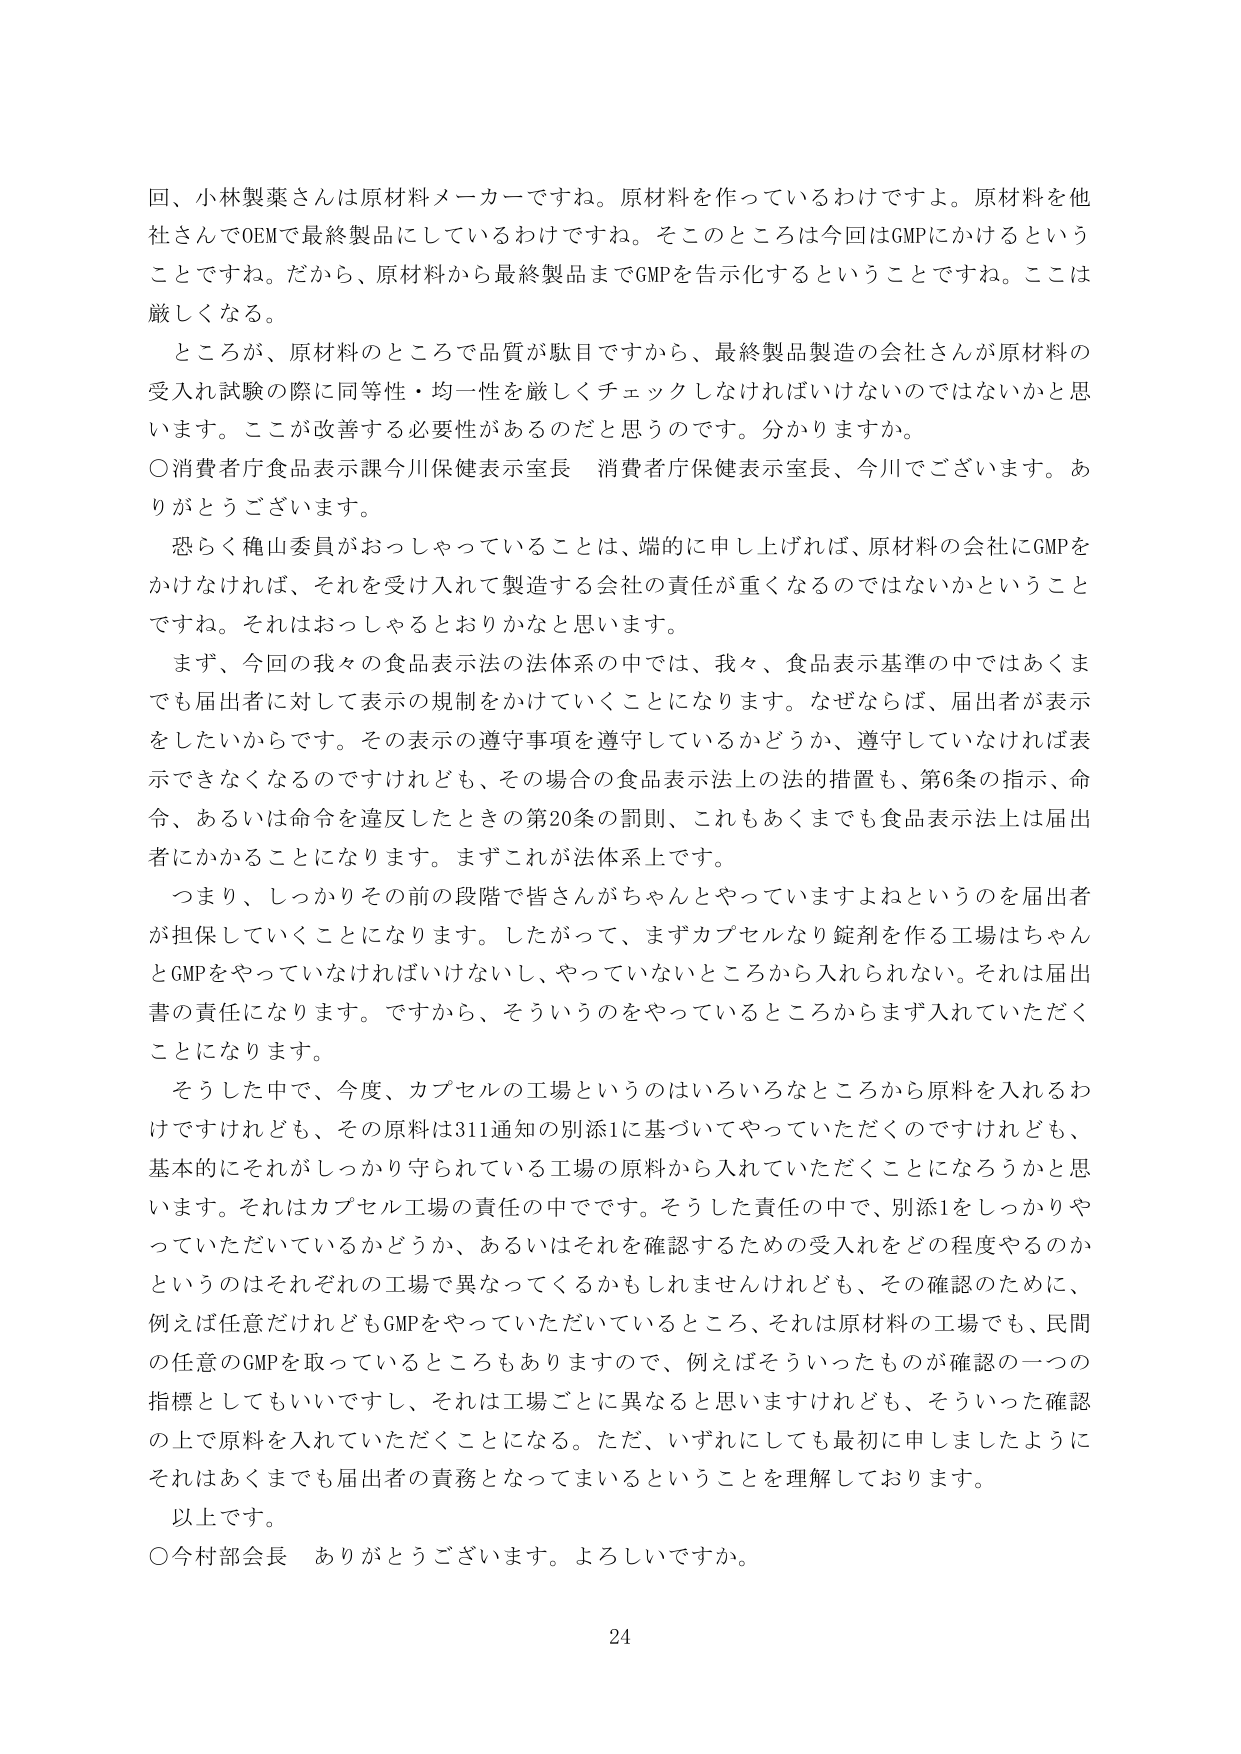
回、小林製薬さんは原材料メーカーですね。原材料を作っているわけですよ。原材料を他社さんでOEMで最終製品にしているわけですね。そこのところは今回はGMPにかけるということですね。だから、原材料から最終製品までGMPを告示化するということですね。ここは厳しくなる。

ところが、原材料のところで品質が駄目ですから、最終製品製造の会社さんが原材料の受入れ試験の際に同等性・均一性を厳しくチェックしなければいけないのではないかと思います。ここが改善する必要性があるのだと思うのです。分かりますか。

○消費者庁食品表示課今川保健表示室長 消費者庁保健表示室長、今川でございます。ありがとうございます。

恐らく穐山委員がおっしゃっていることは、端的に申し上げれば、原材料の会社にGMPをかけなければ、それを受入れて製造する会社の責任が重くなるのではないかということですね。それはおっしゃるとおりかなと思います。

まず、今回の我々の食品表示法の法体系の中では、我々、食品表示基準の中ではあくまでも届出者に対して表示の規制をかけていくことになります。なぜならば、届出者が表示をしたいからです。その表示の遵守事項を遵守しているかどうか、遵守していなければ表示できなくなるのですけれども、その場合の食品表示法上の法的措置も、第6条の指示、命令、あるいは命令を違反したときの第20条の罰則、これもあくまでも食品表示法上は届出者にかかることになります。まずこれが法体系上です。

つまり、しっかりその前の段階で皆さんがちゃんとやっていますよねというのを届出者が担保していくことになります。したがって、まずカプセルなり錠剤を作る工場はちゃんとGMPをやっていなければいけないし、やっていないところから入れられない。それは届出書の責任になります。ですから、そういうのをやっているところからまず入れていただくことになります。

そうした中で、今度、カプセルの工場というのはいろいろなところから原料を入れるわけですがけれども、その原料は311通知の別添1に基づいてやっていただくのですけれども、基本的にそれがしっかり守られている工場の原料から入れていただくことになろうかと思います。それはカプセル工場の責任の中です。そうした責任の中で、別添1をしっかりやっていただいているかどうか、あるいはそれを確認するための受入れをどの程度やるのかというのはそれぞれの工場で異なってくるかもしれませんけれども、その確認のために、例えば任意だけれどもGMPをやっていただいているところ、それは原材料の工場でも、民間の任意のGMPを取っているところもありますので、例えばそういったものが確認の一つの指標としてもいいですし、それは工場ごとに異なると思いますけれども、そういった確認の上で原料を入れていただくことになる。ただ、いずれにしても最初に申しましたようにそれはあくまでも届出者の責務となってまいるということを理解しております。

以上です。

○今村部会長 ありがとうございます。よろしいですか。

24